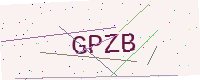
Text: GPZB